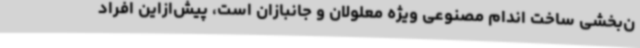
ن‌بخشی ساخت اندام مصنوعی ویژه معلولان و جانبازان است، پیش‌ازاین افراد